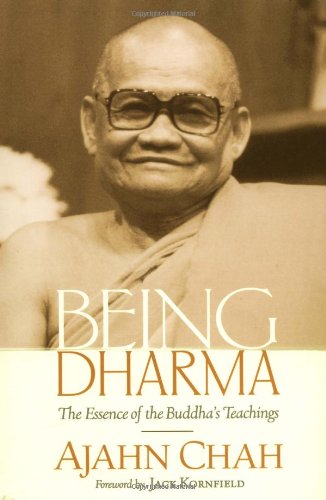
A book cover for Being Dharma: The Essence of the Buddha's Teachings; Ajahn Chah; Religion & Spirituality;